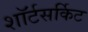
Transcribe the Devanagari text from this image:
शॉर्टसर्किट